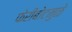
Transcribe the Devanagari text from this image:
फेरीबोटमुळे